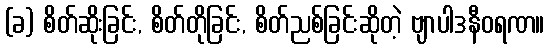
(ခ) စိတ်ဆိုးခြင်း, စိတ်တိုခြင်း, စိတ်ညစ်ခြင်းဆိုတဲ့ ဗျာပါဒနီဝရဏ။